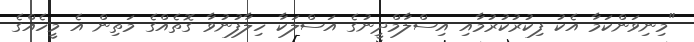
"މިނިވަންކަމާ އެކު ފިކުރުކުރުމާއި އިސްލާމްދީނުގެ އަސްލަކާ ހިލާފުނުވާ ގޮތެއްގެ މަތިން އެ މީހެއްގެ